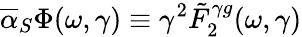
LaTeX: \overline{{{\alpha}}}_{S}\Phi(\omega,\gamma)\equiv\gamma^{2}\tilde{F}_{2}^{\gamma g}(\omega,\gamma)